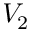
V _ { 2 }